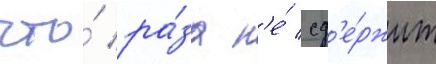
что́ ра́за н'е́ сд'е́ржит